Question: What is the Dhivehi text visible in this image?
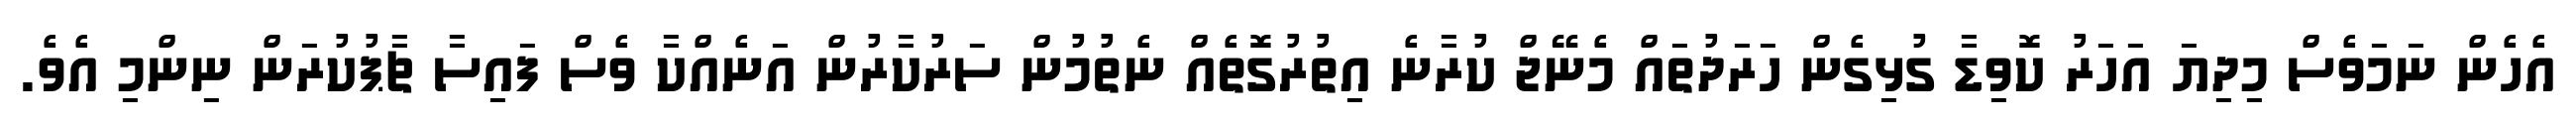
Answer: އެހެން ނަމަވެސް މިދިޔަ އަހަރު ކޮވިޑާ ގުޅިގެން ހަރަދުތައް މެނޭޖް ކުރާނެ އިތުރުގޮތެއް ނެތުމުން ސަރުކާރުން އަނެއްކާ ވެސް ފައިސާ ޗާޕުކުރަން ނިންމި އެވެ.